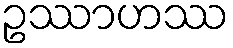
ဥဿာဟဿ